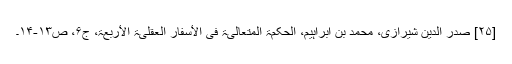
[۲۵] صدر الدین شیرازی، محمد بن ابراہیم‌، الحکمۃ المتعالیۃ فی الأسفار العقلیۃ الأربعۃ، ج‌۶‌، ص‌۱۳‌-۱۴۔